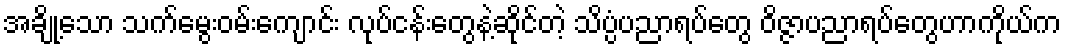
အချို့သော သက်မွေးဝမ်းကျောင်း လုပ်ငန်းတွေနဲ့ဆိုင်တဲ့ သိပ္ပံပညာရပ်တွေ ဝိဇ္ဇာပညာရပ်တွေဟာကိုယ်က